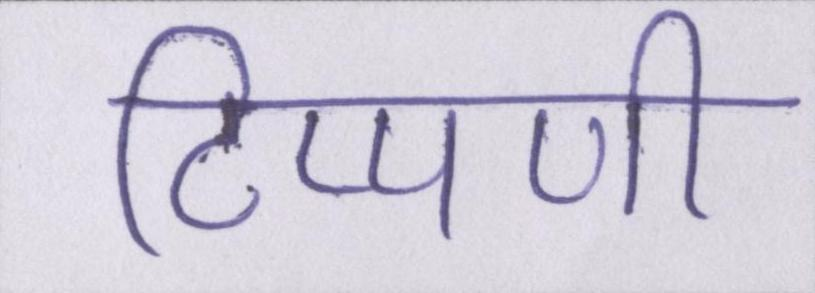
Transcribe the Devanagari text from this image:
टिप्पणी